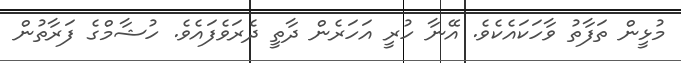
މުޅީން ތަފާތު ވާހަކައެކެވެ. އޭނާ ހުރީ އަހަރެން ދާތީ ދެރަވެފައެވެ. ހުޝާމްގެ ފަރާތުން